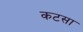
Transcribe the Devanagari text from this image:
कटसा